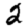
Digit: 2